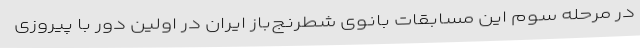
در مرحله سوم این مسابقات بانوی شطرنج‌باز ایران در اولین دور با پیروزی